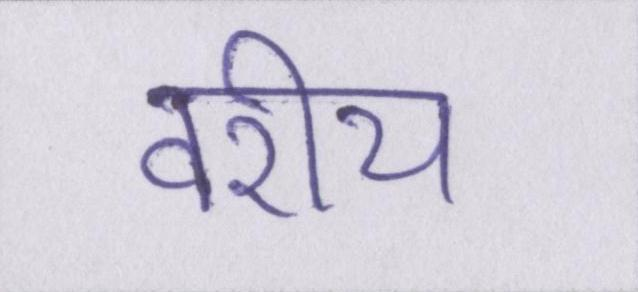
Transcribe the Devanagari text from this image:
वरीय